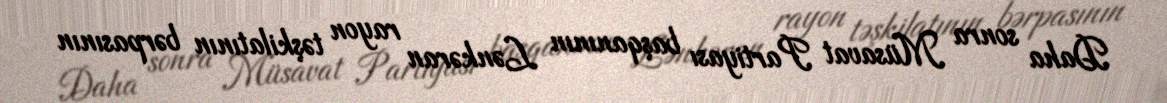
Daha sonra Müsavat Partiyası başqanının Lənkəran rayon təşkilatının bərpasının